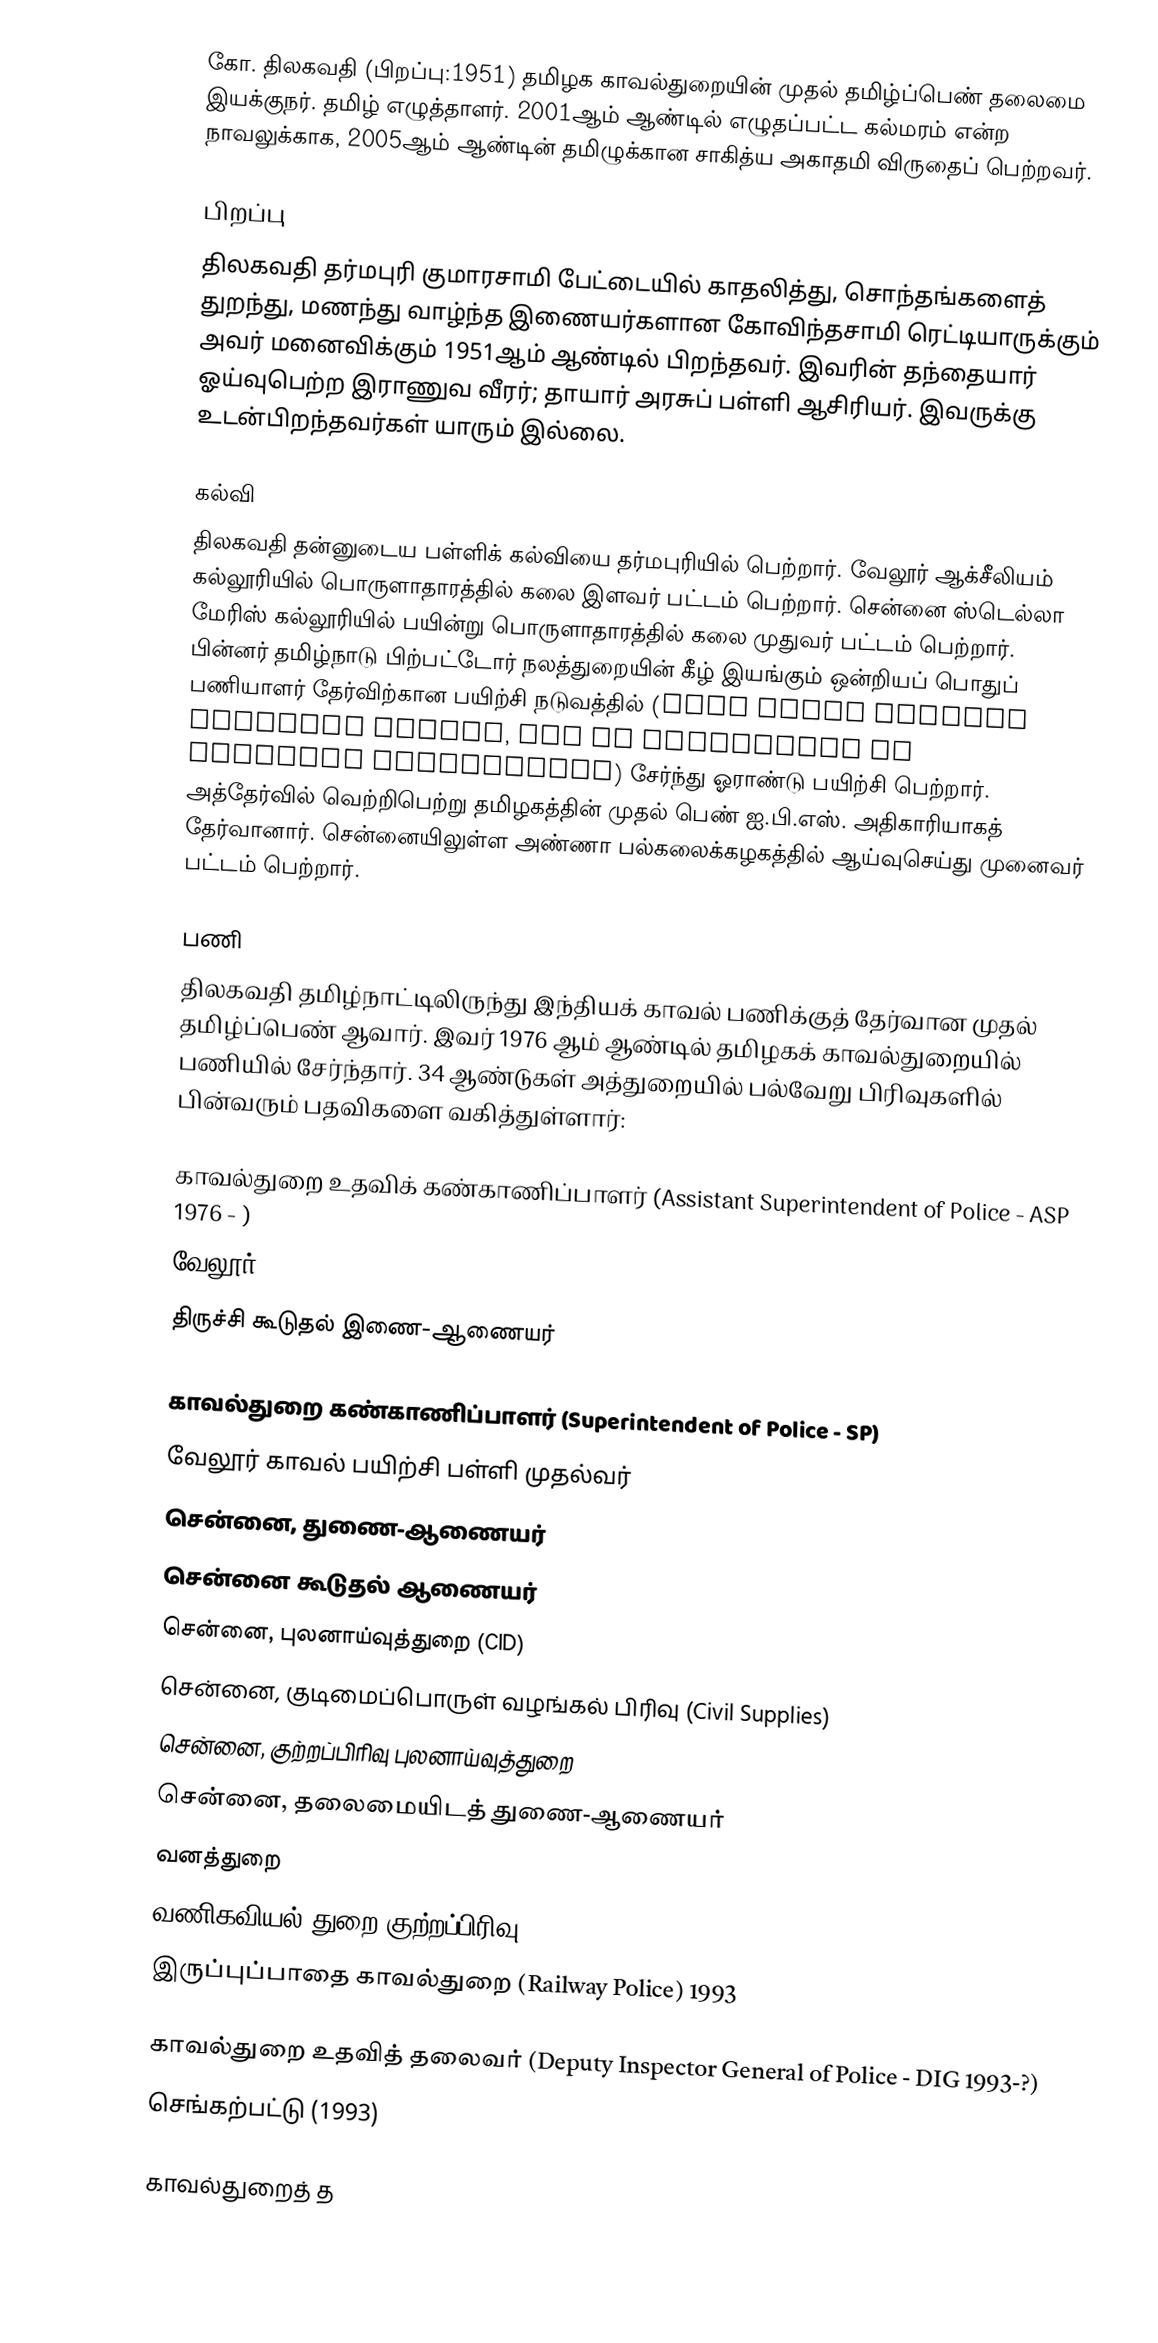
கோ. திலகவதி (பிறப்பு:1951) தமிழக காவல்துறையின் முதல் தமிழ்ப்பெண் தலைமை இயக்குநர். தமிழ் எழுத்தாளர். 2001ஆம் ஆண்டில் எழுதப்பட்ட கல்மரம் என்ற நாவலுக்காக, 2005ஆம் ஆண்டின் தமிழுக்கான சாகித்ய அகாதமி விருதைப் பெற்றவர்.

பிறப்பு
திலகவதி தர்மபுரி குமாரசாமி பேட்டையில் காதலித்து, சொந்தங்களைத் துறந்து, மணந்து வாழ்ந்த இணையர்களான கோவிந்தசாமி ரெட்டியாருக்கும்  அவர் மனைவிக்கும் 1951ஆம் ஆண்டில் பிறந்தவர். இவரின் தந்தையார் ஓய்வுபெற்ற இராணுவ வீரர்; தாயார் அரசுப் பள்ளி ஆசிரியர். இவருக்கு உடன்பிறந்தவர்கள் யாரும் இல்லை.

கல்வி
திலகவதி தன்னுடைய பள்ளிக் கல்வியை தர்மபுரியில் பெற்றார். வேலூர் ஆக்சீலியம் கல்லூரியில் பொருளாதாரத்தில் கலை இளவர் பட்டம் பெற்றார். சென்னை ஸ்டெல்லா மேரிஸ் கல்லூரியில் பயின்று பொருளாதாரத்தில் கலை முதுவர் பட்டம் பெற்றார். பின்னர் தமிழ்நாடு பிற்பட்டோர் நலத்துறையின் கீழ் இயங்கும் ஒன்றியப் பொதுப் பணியாளர் தேர்விற்கான பயிற்சி நடுவத்தில் (UPSC Civil Service coaching centre, run by Department of Backward Development) சேர்ந்து ஓராண்டு பயிற்சி பெற்றார். அத்தேர்வில் வெற்றிபெற்று தமிழகத்தின் முதல் பெண் ஐ.பி.எஸ். அதிகாரியாகத் தேர்வானார். சென்னையிலுள்ள அண்ணா பல்கலைக்கழகத்தில் ஆய்வுசெய்து முனைவர் பட்டம் பெற்றார்.

பணி
திலகவதி தமிழ்நாட்டிலிருந்து இந்தியக் காவல் பணிக்குத் தேர்வான முதல் தமிழ்ப்பெண் ஆவார். இவர் 1976 ஆம் ஆண்டில் தமிழகக் காவல்துறையில் பணியில் சேர்ந்தார். 34 ஆண்டுகள் அத்துறையில் பல்வேறு பிரிவுகளில் பின்வரும் பதவிகளை வகித்துள்ளார்:

காவல்துறை உதவிக் கண்காணிப்பாளர் (Assistant Superintendent of Police - ASP 1976 - )
வேலூர்
திருச்சி கூடுதல் இணை-ஆணையர்

காவல்துறை கண்காணிப்பாளர் (Superintendent of Police - SP)
வேலூர் காவல் பயிற்சி பள்ளி முதல்வர்
 சென்னை, துணை-ஆணையர்
 சென்னை கூடுதல் ஆணையர்
 சென்னை, புலனாய்வுத்துறை (CID)
 சென்னை, குடிமைப்பொருள் வழங்கல் பிரிவு (Civil Supplies)
 சென்னை, குற்றப்பிரிவு புலனாய்வுத்துறை
 சென்னை, தலைமையிடத் துணை-ஆணையர்
 வனத்துறை
 வணிகவியல் துறை குற்றப்பிரிவு (Commercial Crime Investigation Wing)
 இருப்புப்பாதை காவல்துறை (Railway Police) 1993

காவல்துறை உதவித் தலைவர் (Deputy Inspector General of Police - DIG   1993-?)
செங்கற்பட்டு (1993)

காவல்துறைத் த